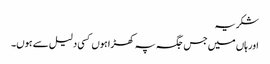
شکریہ
اور ہاں میں جس جگہ پہ کھڑا ہوں کسی دلیل سے ہوں۔